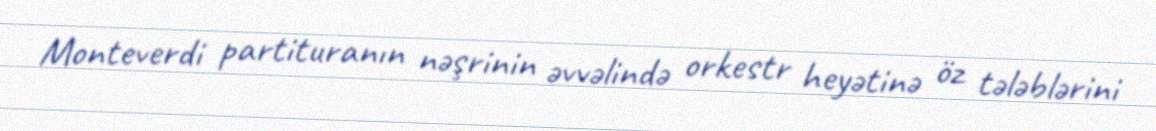
Monteverdi partituranın nəşrinin əvvəlində orkestr heyətinə öz tələblərini